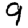
Digit: 9